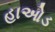
હાઓડ